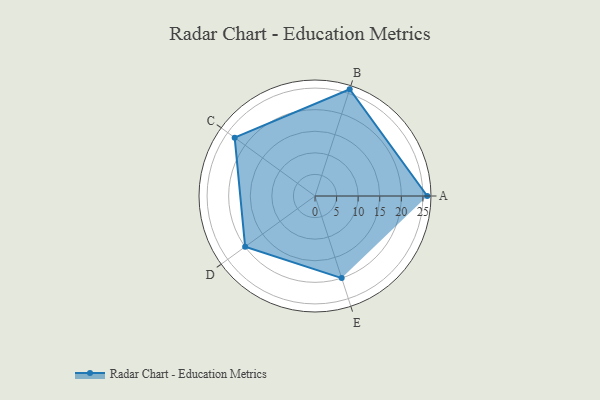
{"axis": {"x": "Skill", "y": "Score"}, "legend": ["Profile"], "data": [{"x": "A", "y": 26.0, "type": "Profile"}, {"x": "B", "y": 26.0, "type": "Profile"}, {"x": "C", "y": 23.0, "type": "Profile"}, {"x": "D", "y": 20, "type": "Profile"}, {"x": "E", "y": 20, "type": "Profile"}]}